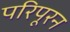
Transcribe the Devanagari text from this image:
परिपूरन